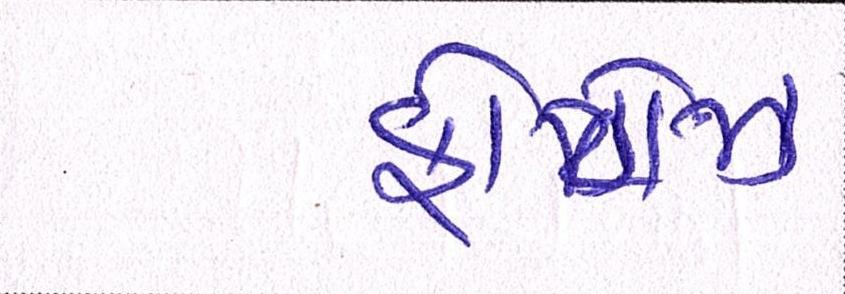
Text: ફોટોઝ